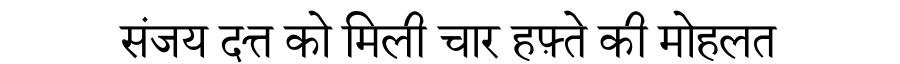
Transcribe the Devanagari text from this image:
संजय दत्त को मिली चार हफ़्ते की मोहलत